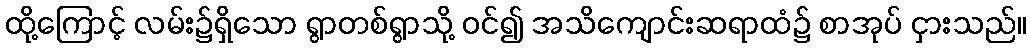
ထို့ကြောင့် လမ်း၌ရှိသော ရွာတစ်ရွာသို့ ဝင်၍ အသိကျောင်းဆရာထံ၌ စာအုပ် ငှားသည်။